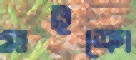
মাইক্রো